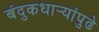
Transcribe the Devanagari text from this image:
बंदुकधार्‍यांपुढे